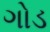
ગોડ